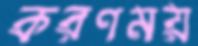
করণময়